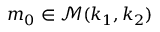
m _ { 0 } \in \mathcal { M } ( k _ { 1 } , k _ { 2 } )